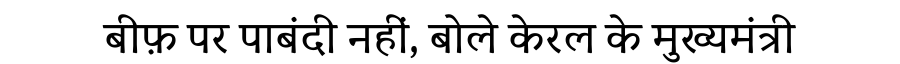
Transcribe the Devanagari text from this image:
बीफ़ पर पाबंदी नहीं, बोले केरल के मुख्यमंत्री